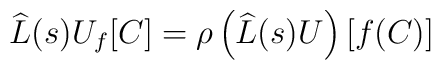
\widehat{{L}}(s)U_{f}[C]=\rho \left( \widehat{{L}}(s)U\right) [f(C)]